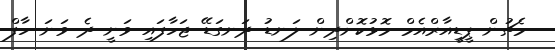
މެޗުން ޕީޑީއާރްއެމް މޮޅުކޮށްދިން ލަނޑު ދަނގަޑޭ ޖަހާފައި ވަނީ ދެ ވަނަ ހާފް